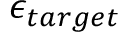
\epsilon _ { t a r g e t }